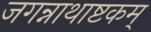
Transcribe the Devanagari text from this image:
जगन्नाथाष्टकम्